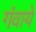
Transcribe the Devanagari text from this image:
गंवाये